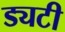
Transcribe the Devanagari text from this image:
ड्यटी